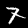
Digit: 7